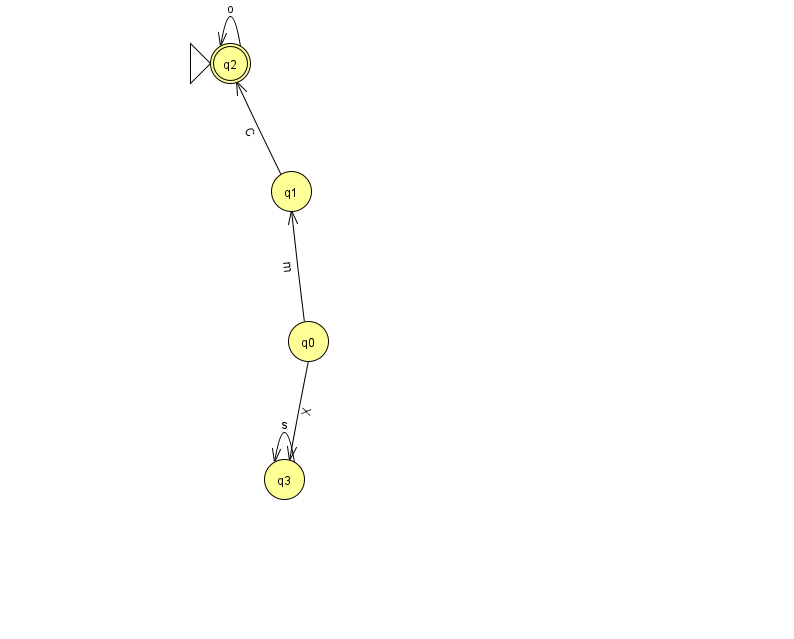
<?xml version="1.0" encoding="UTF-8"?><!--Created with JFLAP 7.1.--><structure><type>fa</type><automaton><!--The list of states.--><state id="0" name="q0"><x>308.0</x><y>328.0</y></state><state id="1" name="q1"><x>291.0</x><y>178.0</y></state><state id="2" name="q2"><x>230.0</x><y>50.0</y><initial/><final/></state><state id="3" name="q3"><x>284.0</x><y>466.0</y></state><!--The list of transitions.--><transition><from>3</from><to>3</to><read>s</read></transition><transition><from>0</from><to>3</to><read>X</read></transition><transition><from>0</from><to>1</to><read>m</read></transition><transition><from>1</from><to>2</to><read>C</read></transition><transition><from>2</from><to>2</to><read>o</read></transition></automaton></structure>